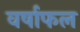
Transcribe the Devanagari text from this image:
वर्षाफल